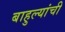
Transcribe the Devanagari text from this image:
बाहुल्यांची